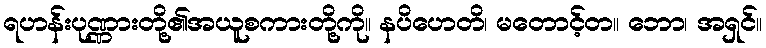
ရဟန်းပုဏ္ဏားတို့၏အယူစကားတို့ကို။ နပိဟေတိ၊ မတောင့်တ။ ဘော၊ အရှင်။